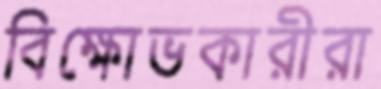
বিক্ষোভকারীরা